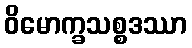
ဝိမောက္ခသစ္စဒဿာ